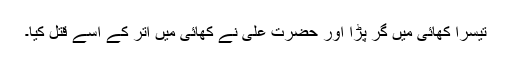
تیسرا کھائی میں گر پڑا اور حضرت علیؓ نے کھائی میں اتر کے اسے قتل کیا۔